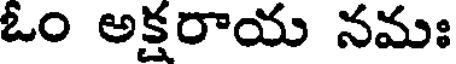
ఓం అక్షరాయ నమః